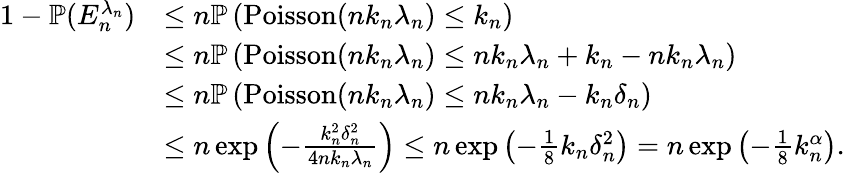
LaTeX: \begin{array}{rl}{1-\mathbb{P}(E_{n}^{\lambda_{n}})}&{\leq n\mathbb{P}\left(\mathrm{Poisson}(nk_{n}\lambda_{n})\leq k_{n}\right)}\\ &{\leq n\mathbb{P}\left(\mathrm{Poisson}(nk_{n}\lambda_{n})\leq nk_{n}\lambda_{n}+k_{n}-nk_{n}\lambda_{n}\right)}\\ &{\leq n\mathbb{P}\left(\mathrm{Poisson}(nk_{n}\lambda_{n})\leq nk_{n}\lambda_{n}-k_{n}\delta_{n}\right)}\\ &{\leq n\exp\left(-\frac{k_{n}^{2}\delta_{n}^{2}}{4nk_{n}\lambda_{n}}\right)\leq n\exp\left(-\frac{1}{8}k_{n}\delta_{n}^{2}\right)=n\exp\left(-\frac{1}{8}k_{n}^{\alpha}\right).}\end{array}